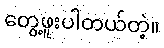
တွေ့ဖူးပါတယ်တဲ့။